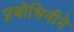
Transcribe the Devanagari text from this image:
प्रबोधिनीने